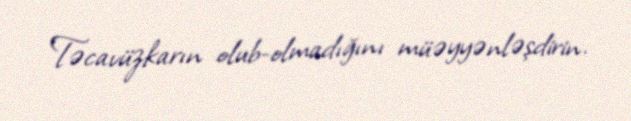
Təcavüzkarın olub-olmadığını müəyyənləşdirin.